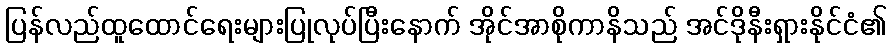
ပြန်လည်ထူထောင်ရေးများပြုလုပ်ပြီးနောက် အိုင်အာစိုကာနိသည် အင်ဒိုနီးရှားနိုင်ငံ၏